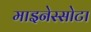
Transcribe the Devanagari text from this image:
माइनेस्सोटा